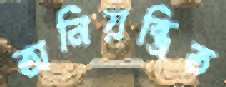
অনিয়ন্ত্রিত